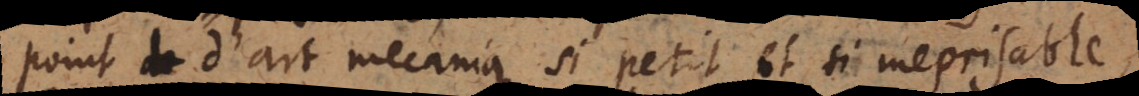
point d’art mecanique si petit et si meprisable,